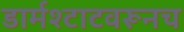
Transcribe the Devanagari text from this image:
डार्मश्टाटवरूनच